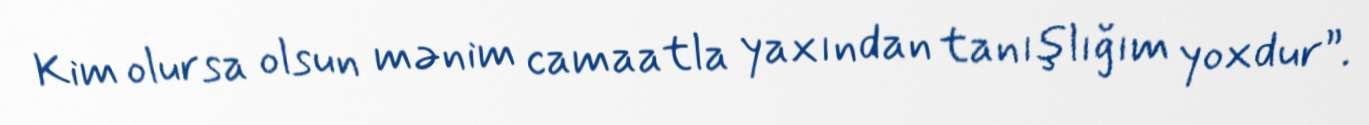
Kim olursa olsun mənim camaatla yaxından tanışlığım yoxdur”.